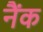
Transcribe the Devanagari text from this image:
नैंक